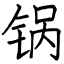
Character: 锅